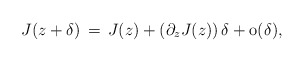
\begin{align*} J(z+\delta) \,=\, J(z)+ (\partial_z J(z))\,\delta + \mathrm{o}(\delta),\end{align*}